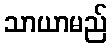
သာယာမည်